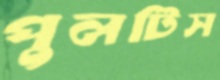
পুলটিস